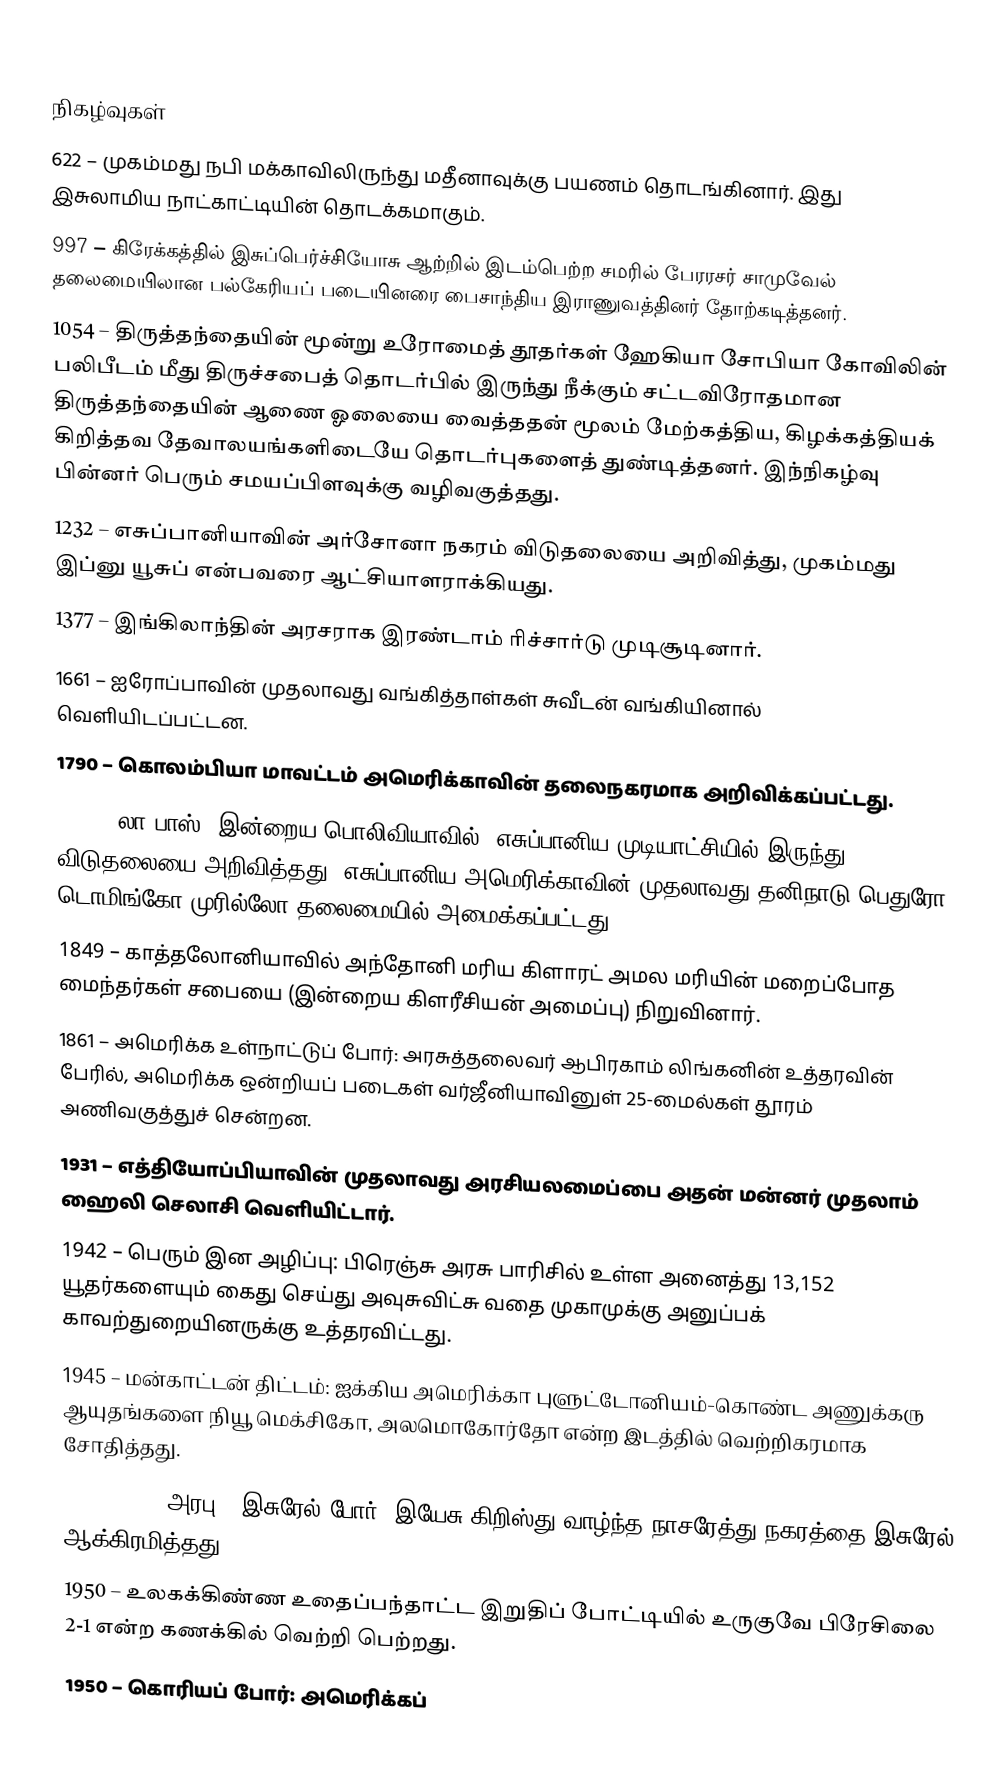

நிகழ்வுகள்
622 – முகம்மது நபி மக்காவிலிருந்து மதீனாவுக்கு பயணம் தொடங்கினார். இது இசுலாமிய நாட்காட்டியின் தொடக்கமாகும்.
997 – கிரேக்கத்தில் இசுப்பெர்ச்சியோசு ஆற்றில் இடம்பெற்ற சமரில் பேரரசர் சாமுவேல் தலைமையிலான பல்கேரியப் படையினரை பைசாந்திய இராணுவத்தினர் தோற்கடித்தனர்.
1054 – திருத்தந்தையின் மூன்று உரோமைத் தூதர்கள் ஹேகியா சோபியா கோவிலின் பலிபீடம் மீது திருச்சபைத் தொடர்பில் இருந்து நீக்கும் சட்டவிரோதமான திருத்தந்தையின் ஆணை ஓலையை வைத்ததன் மூலம் மேற்கத்திய, கிழக்கத்தியக் கிறித்தவ தேவாலயங்களிடையே தொடர்புகளைத் துண்டித்தனர். இந்நிகழ்வு பின்னர் பெரும் சமயப்பிளவுக்கு வழிவகுத்தது.
1232 – எசுப்பானியாவின் அர்சோனா நகரம் விடுதலையை அறிவித்து, முகம்மது இப்னு யூசுப் என்பவரை ஆட்சியாளராக்கியது.
1377 – இங்கிலாந்தின் அரசராக இரண்டாம் ரிச்சார்டு முடிசூடினார்.
1661 – ஐரோப்பாவின் முதலாவது வங்கித்தாள்கள் சுவீடன் வங்கியினால் வெளியிடப்பட்டன.
1790 – கொலம்பியா மாவட்டம் அமெரிக்காவின் தலைநகரமாக அறிவிக்கப்பட்டது.
1809 – லா பாஸ் (இன்றைய பொலிவியாவில்) எசுப்பானிய முடியாட்சியில் இருந்து விடுதலையை அறிவித்தது. எசுப்பானிய அமெரிக்காவின் முதலாவது தனிநாடு பெதுரோ டொமிங்கோ முரில்லோ தலைமையில் அமைக்கப்பட்டது.
1849 – காத்தலோனியாவில் அந்தோனி மரிய கிளாரட் அமல மரியின் மறைப்போத மைந்தர்கள் சபையை (இன்றைய கிளரீசியன் அமைப்பு) நிறுவினார்.
1861 – அமெரிக்க உள்நாட்டுப் போர்: அரசுத்தலைவர் ஆபிரகாம் லிங்கனின் உத்தரவின் பேரில், அமெரிக்க ஒன்றியப் படைகள் வர்ஜீனியாவினுள் 25-மைல்கள் தூரம் அணிவகுத்துச் சென்றன.
1931 – எத்தியோப்பியாவின் முதலாவது அரசியலமைப்பை அதன் மன்னர் முதலாம் ஹைலி செலாசி வெளியிட்டார்.
1942 – பெரும் இன அழிப்பு: பிரெஞ்சு அரசு பாரிசில் உள்ள அனைத்து 13,152 யூதர்களையும் கைது செய்து அவுசுவிட்சு வதை முகாமுக்கு அனுப்பக் காவற்துறையினருக்கு உத்தரவிட்டது.
1945 – மன்காட்டன் திட்டம்: ஐக்கிய அமெரிக்கா புளுட்டோனியம்-கொண்ட அணுக்கரு ஆயுதங்களை நியூ மெக்சிகோ, அலமொகோர்தோ என்ற இடத்தில் வெற்றிகரமாக சோதித்தது.
1948 – 1948 அரபு - இசுரேல் போர்: இயேசு கிறிஸ்து வாழ்ந்த நாசரேத்து நகரத்தை இசுரேல் ஆக்கிரமித்தது.
1950 – உலகக்கிண்ண உதைப்பந்தாட்ட இறுதிப் போட்டியில் உருகுவே பிரேசிலை 2-1 என்ற கணக்கில் வெற்றி பெற்றது.
1950 – கொரியப் போர்: அமெரிக்கப்